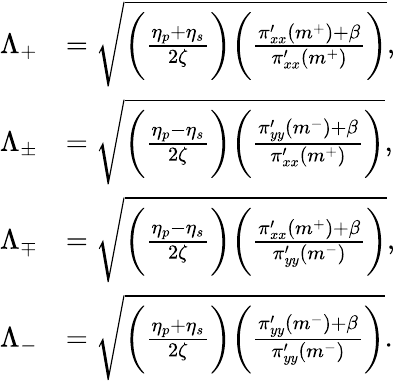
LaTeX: \begin{array}{rl}{\Lambda_{+}}&{=\sqrt{\bigg(\frac{\eta_{p}+\eta_{s}}{2\zeta}\bigg)\bigg(\frac{\pi_{xx}^{\prime}(m^{+})+\beta}{\pi_{xx}^{\prime}(m^{+})}\bigg)},}\\ {\Lambda_{\pm}}&{=\sqrt{\bigg(\frac{\eta_{p}-\eta_{s}}{2\zeta}\bigg)\bigg(\frac{\pi_{yy}^{\prime}(m^{-})+\beta}{\pi_{xx}^{\prime}(m^{+})}\bigg)},}\\ {\Lambda_{\mp}}&{=\sqrt{\bigg(\frac{\eta_{p}-\eta_{s}}{2\zeta}\bigg)\bigg(\frac{\pi_{xx}^{\prime}(m^{+})+\beta}{\pi_{yy}^{\prime}(m^{-})}\bigg)},}\\ {\Lambda_{-}}&{=\sqrt{\bigg(\frac{\eta_{p}+\eta_{s}}{2\zeta}\bigg)\bigg(\frac{\pi_{yy}^{\prime}(m^{-})+\beta}{\pi_{yy}^{\prime}(m^{-})}\bigg)}.}\end{array}